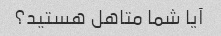
آیا شما متاهل هستید؟